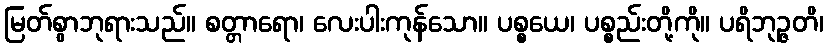
မြတ်စွာဘုရားသည်။ စတ္တာရော၊ လေးပါးကုန်သော။ ပစ္စယေ၊ ပစ္စည်းတို့ကို။ ပရိဘုဉ္ဇတိ၊